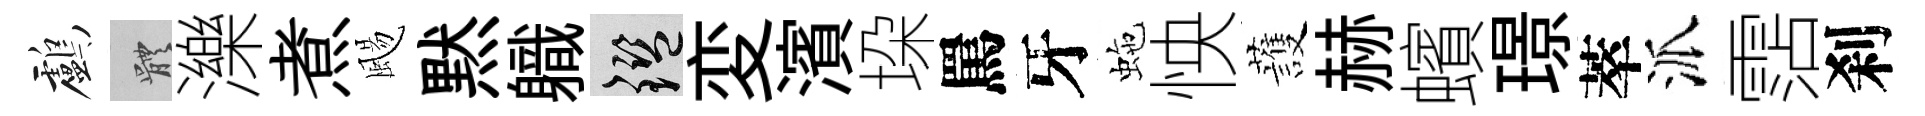
鸕體濼煮颺黙軄鑒変濱垜罵牙虵怏䕶赫蠙璟萃派霑刹